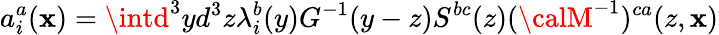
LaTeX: a_{i}^{a}(\mathbf{x})=\intd^{3}yd^{3}z\lambda_{i}^{b}(y)G^{-1}(y-z)S^{bc}(z)({\calM}^{-1})^{ca}(z,\mathbf{x})